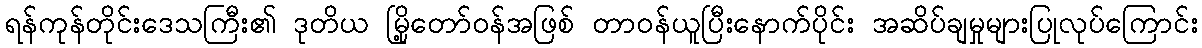
ရန်ကုန်တိုင်းဒေသကြီး၏ ဒုတိယ မြို့တော်ဝန်အဖြစ် တာဝန်ယူပြီးနောက်ပိုင်း အဆိပ်ချမှုများပြုလုပ်ကြောင်း